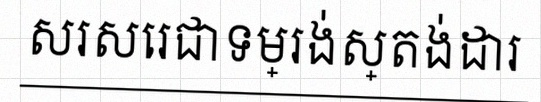
សរសេរជាទម្រង់ស្តង់ដារ